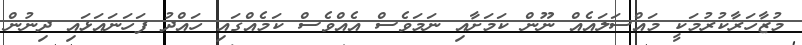
މުޒާހަރާކުރުމަކީ މައްސަލައެއް ނޫން ކަމަށާއި ނަމަވެސް އެއްވެސް ކަމެއްގައި ހައްދު ފަހަނައަޅައި ދިނުން